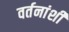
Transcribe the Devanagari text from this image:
वर्तनांशी